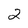
Character: 2